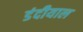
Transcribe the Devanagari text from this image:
डंदीयाल